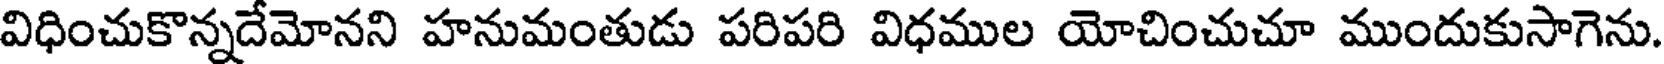
విధించుకొన్నదేమోనని హనుమంతుడు పరిపరి విధముల యోచించుచూ ముందుకుసాగెను.